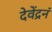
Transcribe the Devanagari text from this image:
देवेंद्रनं